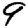
Digit: 9